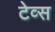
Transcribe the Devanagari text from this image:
टेव्स